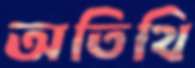
অতিথি